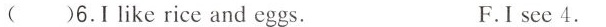
( )6.I like rice and eggs. F.I see 4.